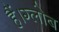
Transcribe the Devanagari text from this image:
हैं।ग्लोब